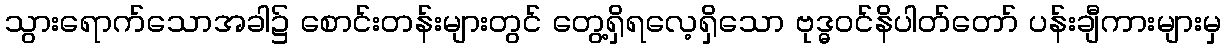
သွားရောက်သောအခါ၌ စောင်းတန်းများတွင် တွေ့ရှိရလေ့ရှိသော ဗုဒ္ဓဝင်နိပါတ်တော် ပန်းချီကားများမှ